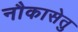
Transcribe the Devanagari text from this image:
नौकासेतु